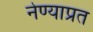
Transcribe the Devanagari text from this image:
नेण्याप्रत